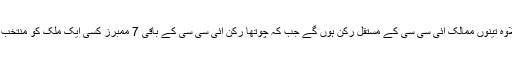
اس کے علاوہ تینوں ممالک آئی سی سی کے مستقل رکن ہوں گے جب کہ چوتھا رکن آئی سی سی کے باقی 7 ممبرز کسی ایک ملک کو منتخب کریں گے۔